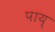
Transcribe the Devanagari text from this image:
पाय्